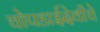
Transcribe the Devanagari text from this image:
चोपडाईदेवीचे